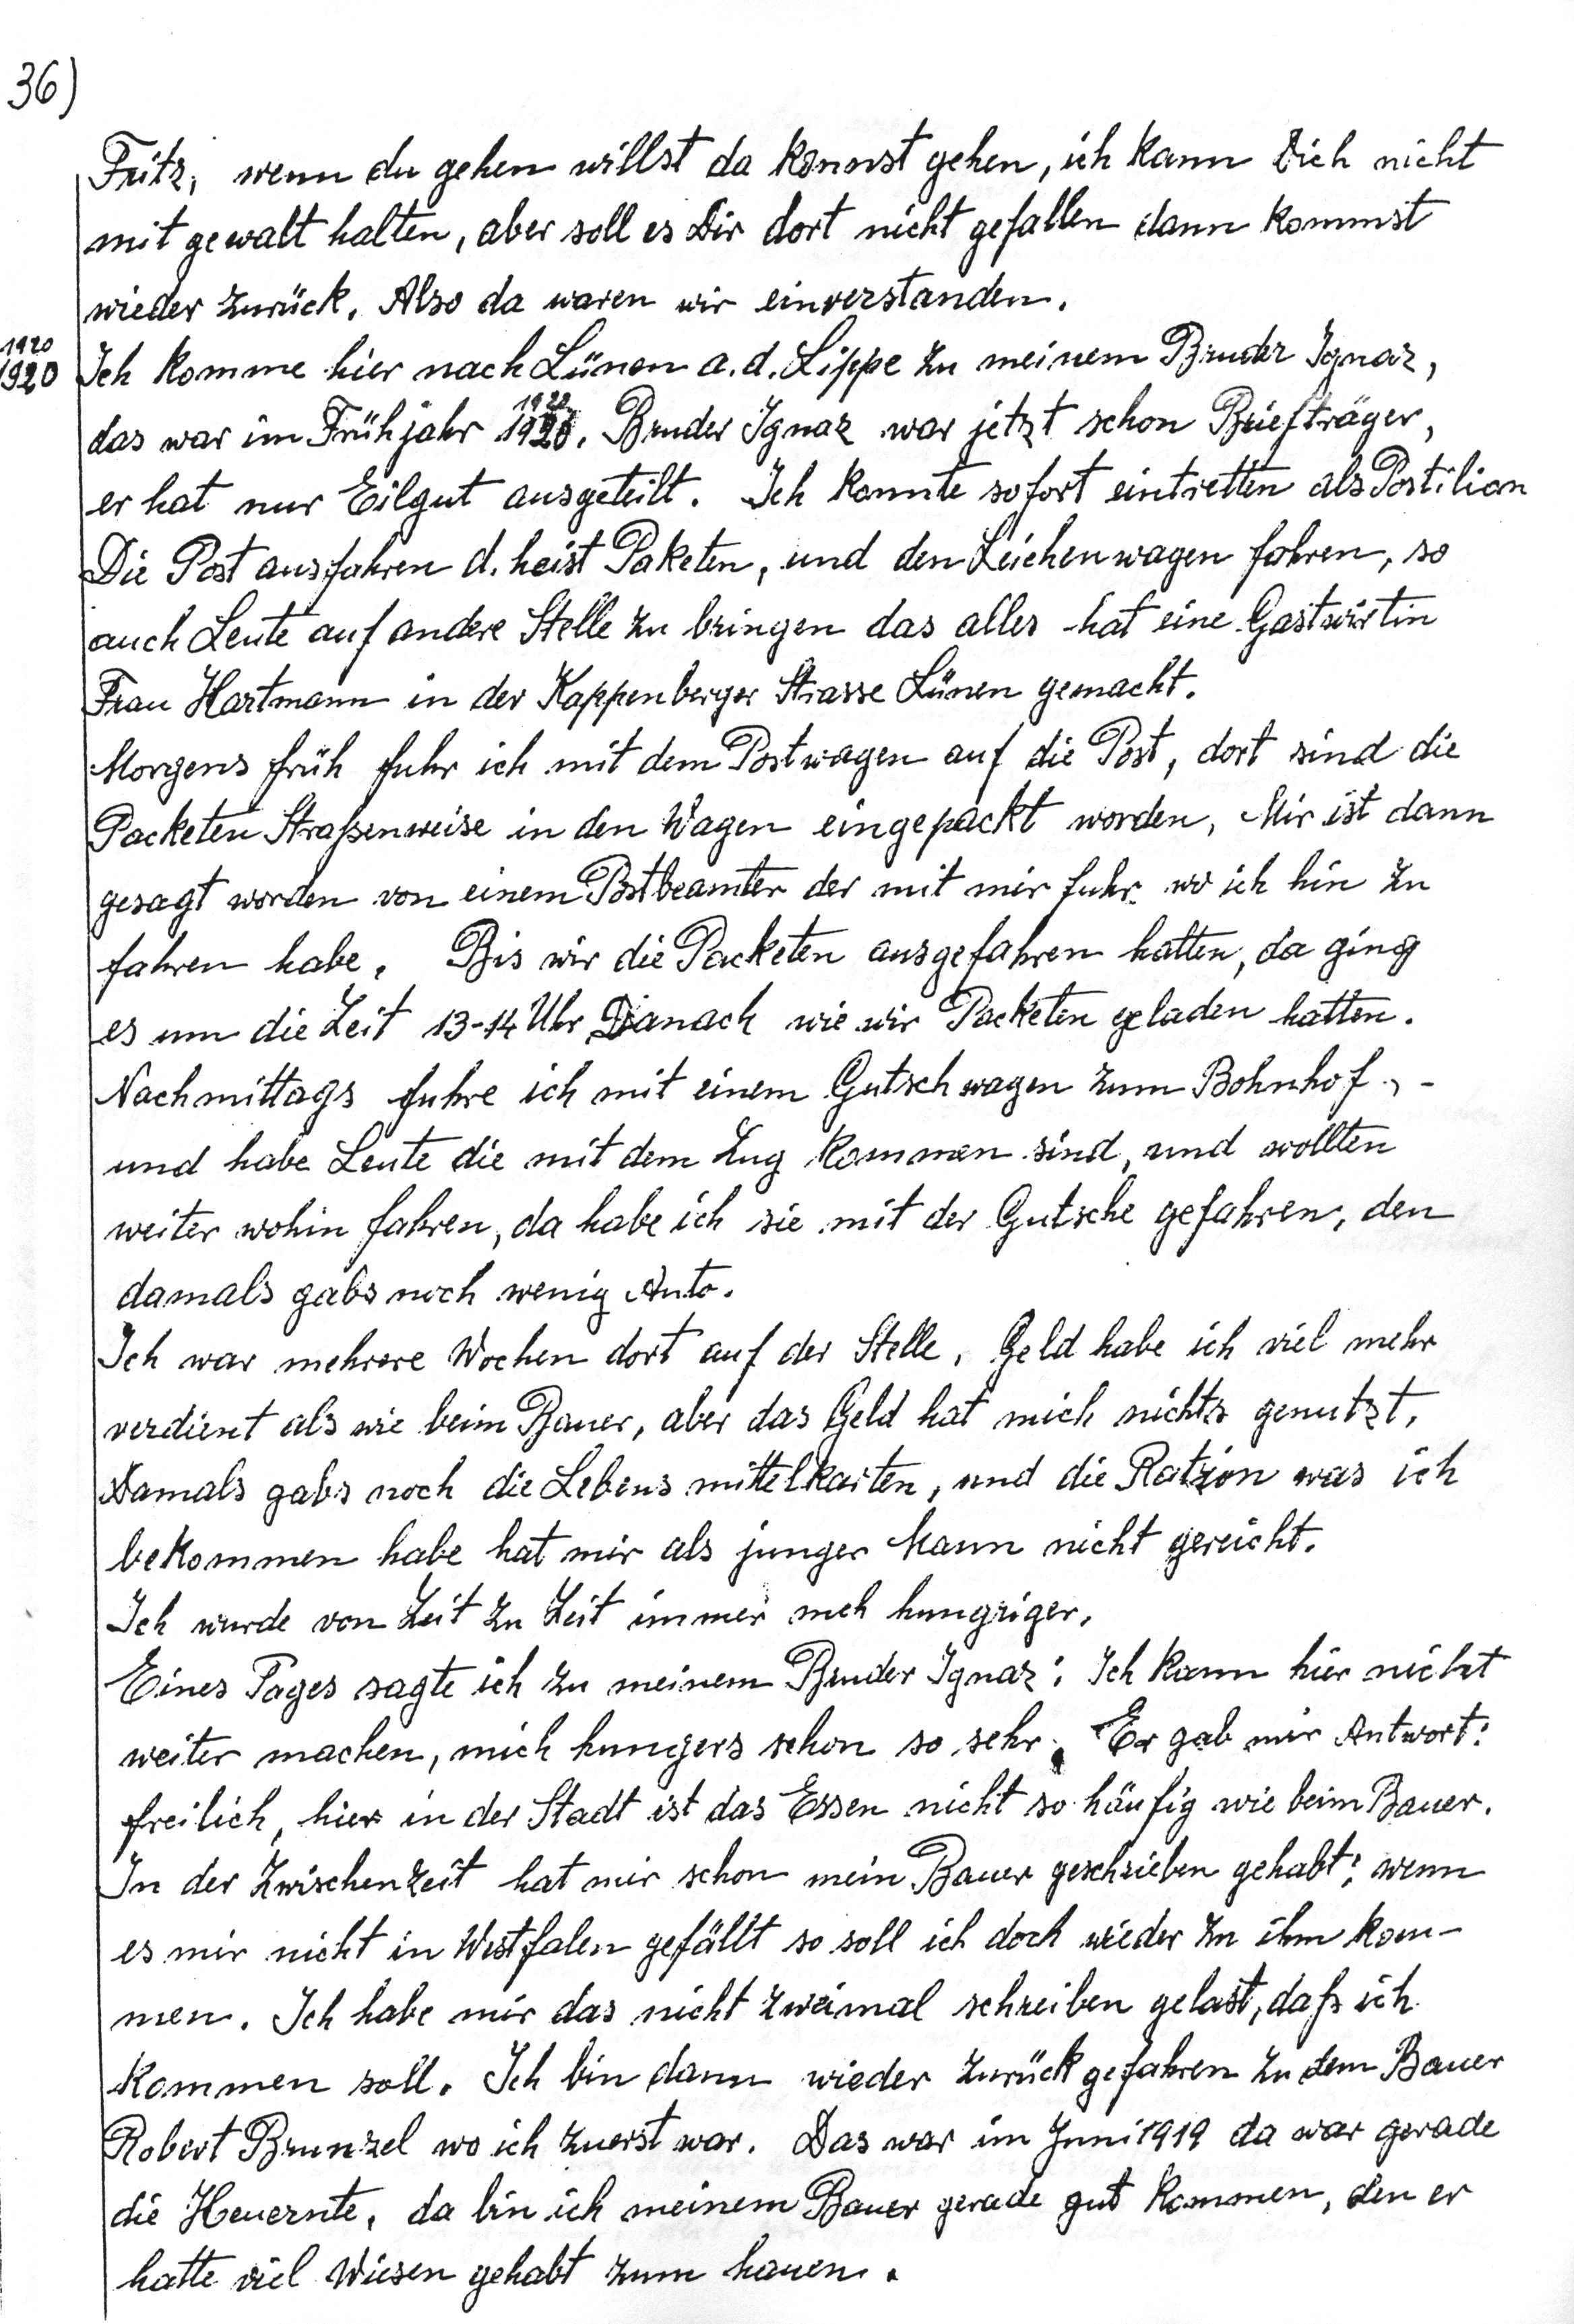
Fritz, wenn du gehen willst da kannst gehen, ich kann Dich nicht
mit gewalt halten, aber soll es dir dort nicht gefallen dann kommst
wieder zurück. Also da waren wir einverstanden.
Ich komme hier nach Lünen a.d. Lippe zu meinem Bruder Ignaz,
das war im Frühjahr 1920. Bruder Ignaz war jetzt schon Briefträger,
er hat nur Eilgut ausgeteilt. Ich konnte sofort eintreten als Postilion
Die Post ausfahren d. heist Paketen, und den Leichenwagen fahren, so
auch Leute auf andere Stelle zu bringen das alles hat eine Gastwirtin
Frau Hartmann in der Kappenberger Strasse Lünen gemacht.
Morgens früh fuhr ich mit dem Postwagen auf die Post, dort sind die
Paketen Starssenweise in den Wagen eingepackt worden, Mir ist dann
gesagt worden von einem Postbeamter der mit mir fuhr wo ich hin zu
fahren habe. Bis wir die Paketen ausgefahren hatten, da ging
es um die Zeit 13-14 Uhr. Danach wie wir Paketen geladen hatten.
Nachmittags fuhre ich mit einem Gutschwagen zum Bahnhof,
und habe Leute die mit dem Zug kommen sind, und wollten
weiter wohin fahren, da habe ich sie mit der Gutsche gefahren, den
damals gabs noch wenig Auto.
Ich war mehrere Wochen dort auf der Stelle. Geld habe ich viel mehr
verdient als wie beim Bauer, aber das Geld hat mich nichts genutzt.
Damals gabs noch die Lebensmittelkarten, und die Ration was ich
bekommen habe hat mir als junger Mann nicht gereicht.
Ich wurde von Zeit zu Zeit immer noch hungriger.
Eines Tages sagte ich zu meinem Bruder Ignaz : Ich kann hier nicht
weiter machen, mich hungers schon so sehr. Er gab mir Antwort :
freilich, hier in der Stadt ist das Essen nicht so häufig wie beim Bauer.
In der Zwischenzeit hat mir schon geschrieben gehabt : wenn
es mir nicht in Westfalen gefällt so soll ich doch wieder zu ihm kom-
men. Ich habe mir das nicht zweimal schreiben gelast, daß ich
kommen soll. Ich bin dann wieder zurück gefahren zu dem bauer
Robert Brunzel wo ich zuerst war. Das war im Juni 1919 da war gerade
die Heuernte, da bin ich meinem Bauer gerade gut kommen, den er
hatte viel Wiesen gehabt zum hauen.